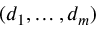
( d _ { 1 } , \hdots , d _ { m } )